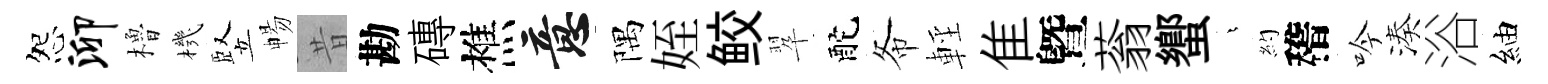
怨泖櫓機竪暢昔勘磚樵意隅姪鲛翆酡𢁙輕隹曁蓊蠁燁約稽吟湊浴紬